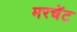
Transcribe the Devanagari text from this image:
मरचेंट